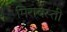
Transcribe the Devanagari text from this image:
मिरावस्ती